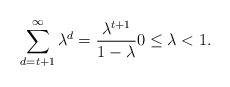
LaTeX: \begin{align*}\sum_{d=t+1}^\infty \lambda^d = \frac{\lambda^{t+1}}{1 - \lambda} 0 \le \lambda < 1.\end{align*}